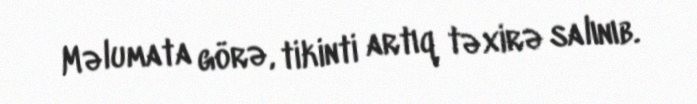
Məlumata görə, tikinti artıq təxirə salınıb.